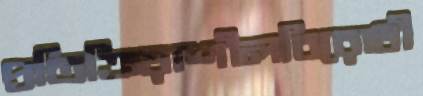
প্রতিক্রিয়াশীলবিরোধী